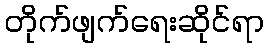
တိုက်ဖျက်ရေးဆိုင်ရာ